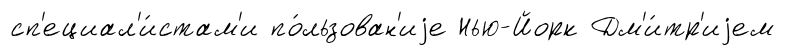
сп'ециал'и́стам'и по́льзован'иjе Нью-Йорк Дм'и́тр'иjем